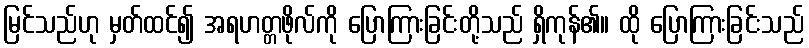
မြင်သည်ဟု မှတ်ထင်၍ အရဟတ္တဖိုလ်ကို ပြောကြားခြင်းတို့သည် ရှိကုန်၏။ ထို ပြောကြားခြင်းသည်